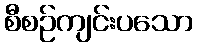
စီစဉ်ကျင်းပသော